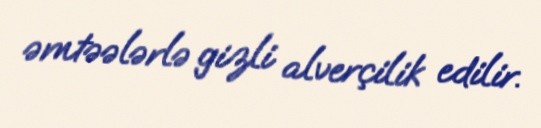
əmtəələrlə gizli alverçilik edilir.